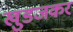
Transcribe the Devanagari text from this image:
खुडजकर